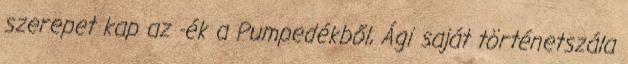
szerepet kap az -ék a Pumpedékből, Ági saját történetszála